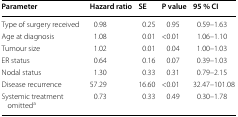
<table><thead><tr><td><b>Parameter</b></td><td><b>Hazard ratio</b></td><td><b>SE</b></td><td><b>P value</b></td><td><b>95 % CI</b></td></tr></thead><tbody><tr><td>Type of surgery received</td><td>0.98</td><td>0.25</td><td>0.95</td><td>0.59–1.63</td></tr><tr><td>Age at diagnosis</td><td>1.08</td><td>0.01</td><td>&lt;0.01</td><td>1.06–1.10</td></tr><tr><td>Tumour size</td><td>1.02</td><td>0.01</td><td>0.04</td><td>1.00–1.03</td></tr><tr><td>ER status</td><td>0.64</td><td>0.16</td><td>0.07</td><td>0.39–1.03</td></tr><tr><td>Nodal status</td><td>1.30</td><td>0.33</td><td>0.31</td><td>0.79–2.15</td></tr><tr><td>Disease recurrence</td><td>57.29</td><td>16.60</td><td>&lt;0.01</td><td>32.47–101.08</td></tr><tr><td>Systemic treatment omitted<sup>a</sup></td><td>0.73</td><td>0.33</td><td>0.49</td><td>0.30–1.78</td></tr></tbody></table>